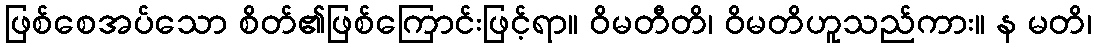
ဖြစ်စေအပ်သော စိတ်၏ဖြစ်ကြောင်းဖြင့်ရာ။ ဝိမတီတိ၊ ဝိမတိဟူသည်ကား။ န မတိ၊